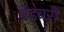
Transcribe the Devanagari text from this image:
ब्रेडबरी